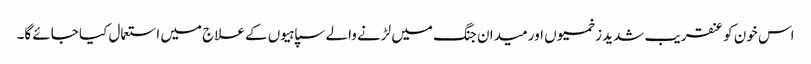
اس خون کو عنقریب شدید زخمیوں اور میدان جنگ میں لڑنے والے سپاہیوں کے علاج میں استعمال کیا جائے گا۔